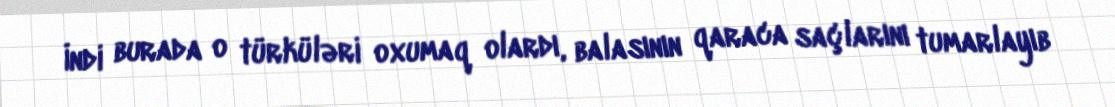
İndi burada o türküləri oxumaq olardı, balasının qaraca saçlarını tumarlayıb